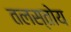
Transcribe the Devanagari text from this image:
तलस्तोय